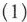
(1)